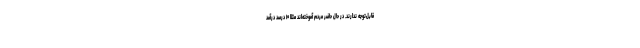
قابل‌توجه ندارند. در حال حاضر مردم آموخته‌اند مثلا ۱۰ ‌درصد درآمد